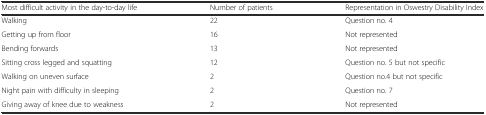
<table><thead><tr><td><b>Most difficult activity in the day-to-day life</b></td><td><b>Number of patients</b></td><td><b>Representation in Oswestry Disability Index</b></td></tr></thead><tbody><tr><td>Walking</td><td>22</td><td>Question no. 4</td></tr><tr><td>Getting up from floor</td><td>16</td><td>Not represented</td></tr><tr><td>Bending forwards</td><td>13</td><td>Not represented</td></tr><tr><td>Sitting cross legged and squatting</td><td>12</td><td>Question no. 5 but not specific</td></tr><tr><td>Walking on uneven surface</td><td>2</td><td>Question no.4 but not specific</td></tr><tr><td>Night pain with difficulty in sleeping</td><td>2</td><td>Question no. 7</td></tr><tr><td>Giving away of knee due to weakness</td><td>2</td><td>Not represented</td></tr></tbody></table>